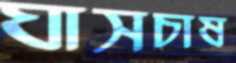
ঘাসচাষ